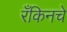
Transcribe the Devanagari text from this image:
रँकिनचे